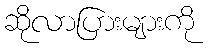
ဆိုလာပြားများကို